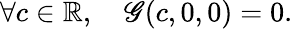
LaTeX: \forall c\in\mathbb{R},\quad\mathscr{G}(c,0,0)=0.